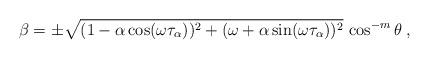
LaTeX: \begin{align*}\beta =\pm \sqrt{(1-\alpha\cos(\omega \tau_\alpha))^2+(\omega+\alpha\sin(\omega \tau_\alpha))^2}\, \cos^{-m} \theta\;,\end{align*}